Senior Leaving Certificate Examination (including Day School Certificate (Higher) General paper), 1946
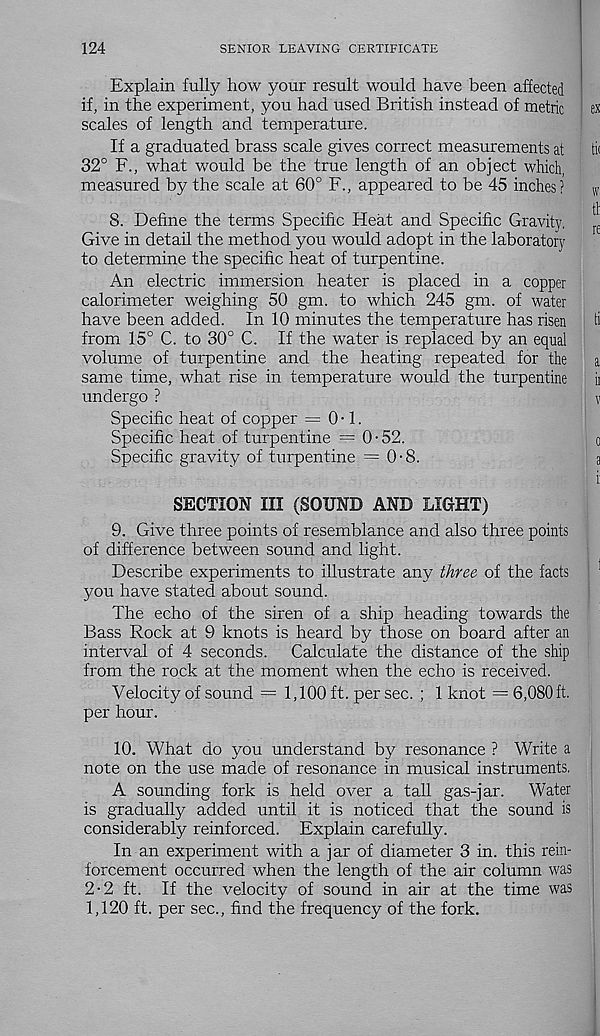
124
SENIOR LEAVING CERTIFICATE
Explain fully how your result would have been affected
if, in the experiment, you had used British instead of metric
scales of length and temperature.
If a graduated brass scale gives correct measurements at
32° F., what would be the true length of an object which,
measured by the scale at 60° F., appeared to be 45 inches?
8. Define the terms Specific Heat and Specific Gravity.
Give in detail the method you would adopt in the laboratory
to determine the specific heat of turpentine.
An electric immersion heater is placed in a copper
calorimeter weighing 50 gm. to which 245 gm. of water
have been added. In 10 minutes the temperature has risen
from 15° C. to 30° C. If the water is replaced by an equal
volume of turpentine and the heating repeated for the
same time, what rise in temperature would the turpentine
undergo ?
Specific heat of copper = 0 • 1.
Specific heat of turpentine = 0-52.
Specific gravity of turpentine = 0-8.
SECTION III (SOUND AND LIGHT)
9. Give three points of resemblance and also three points
of difference between sound and light.
Describe experiments to illustrate any three of the facts
you have stated about sound.
The echo of the siren of a ship heading towards the
Bass Rock at 9 knots is heard by those on board after an
interval of 4 seconds.
Calculate the distance of the ship
from the rock at the moment when the echo is received.
Velocity of sound = 1,100 ft. per sec. ; 1 knot = 6,080 ft.
per hour.
10. What do you understand by resonance ? Write a
note on the use made of resonance in musical instruments.
A sounding fork is held over a tall gas-jar.
Water
is gradually added until it is noticed that the sound is
considerably reinforced. Explain carefully.
In an experiment with a jar of diameter 3 in. this rein-
forcement occurred when the length of the air column was
2-2 ft. If the velocity of sound in air at the time was
1,120 ft. per sec., find the frequency of the fork.